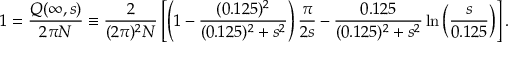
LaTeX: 1 = { \frac { Q ( \infty , s ) } { 2 \pi N } } \equiv { \frac { 2 } { ( 2 \pi ) ^ { 2 } N } } \left[ \left( 1 - { \frac { ( 0 . 1 2 5 ) ^ { 2 } } { ( 0 . 1 2 5 ) ^ { 2 } + s ^ { 2 } } } \right) { \frac { \pi } { 2 s } } - { \frac { 0 . 1 2 5 } { ( 0 . 1 2 5 ) ^ { 2 } + s ^ { 2 } } } \ln \left( { \frac { s } { 0 . 1 2 5 } } \right) \right] .